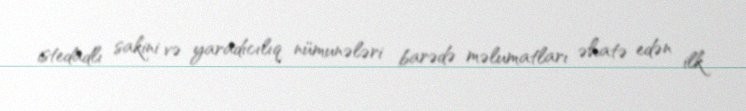
istedadlı sakini və yaradıcılıq nümunələri barədə məlumatları əhatə edən ilk